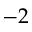
- 2